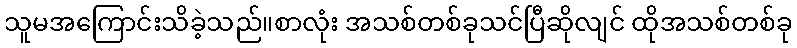
သူမအကြောင်းသိခဲ့သည်။စာလုံး အသစ်တစ်ခုသင်ပြီဆိုလျင် ထိုအသစ်တစ်ခု